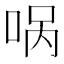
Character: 㖞